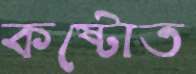
কষ্টোত